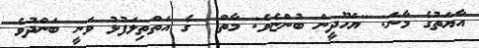
އާޔަތުގެ މާނަ: ''ޔަހޫދީން ބުންޏެވެ: މާތް  ގެ އަތްތިލަފުޅު ވަނީ ބަންދުވެ